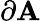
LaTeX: \partial\mathbf{A}